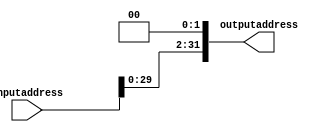
`timescale 1ns / 1ps
//////////////////////////////////////////////////////////////////////////////////
// Company: 
// 
// Design Name: 
// Module Name: shift_left2_beq
// Project Name: Single Cycle CPU
// Target Devices: 
// Tool Versions: 
// Description: 
// 
// Dependencies: 
// 
// Revision:
// Revision 0.01 - File Created
// Additional Comments:
// 
//////////////////////////////////////////////////////////////////////////////////


module shift_left2_beq(inputaddress, outputaddress);
    input [31:0] inputaddress;
    output [31:0] outputaddress;
    assign outputaddress[31:0] = {inputaddress[29:0],2'b00};
endmodule